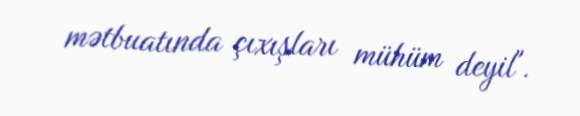
mətbuatında çıxışları mühüm deyil".